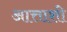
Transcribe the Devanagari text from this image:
आत्ताशी